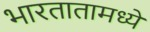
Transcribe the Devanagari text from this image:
भारतातामध्ये